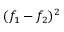
( f _ { 1 } - f _ { 2 } ) ^ { 2 }